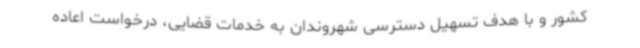
کشور و با هدف تسهیل دسترسی شهروندان به خدمات قضایی، درخواست اعاده